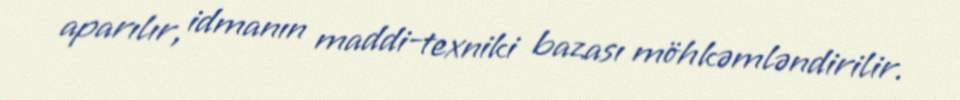
aparılır, idmanın maddi-texniki bazası möhkəmləndirilir.